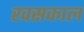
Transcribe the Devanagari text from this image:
खसकाल